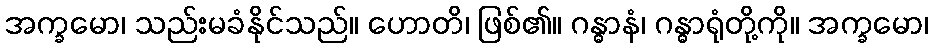
အက္ခမော၊ သည်းမခံနိုင်သည်။ ဟောတိ၊ ဖြစ်၏။ ဂန္ဓာနံ၊ ဂန္ဓာရုံတို့ကို။ အက္ခမော၊